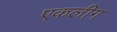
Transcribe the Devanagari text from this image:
एकलीग